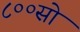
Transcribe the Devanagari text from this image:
८००सो